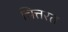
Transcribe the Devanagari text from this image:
चित्तरत